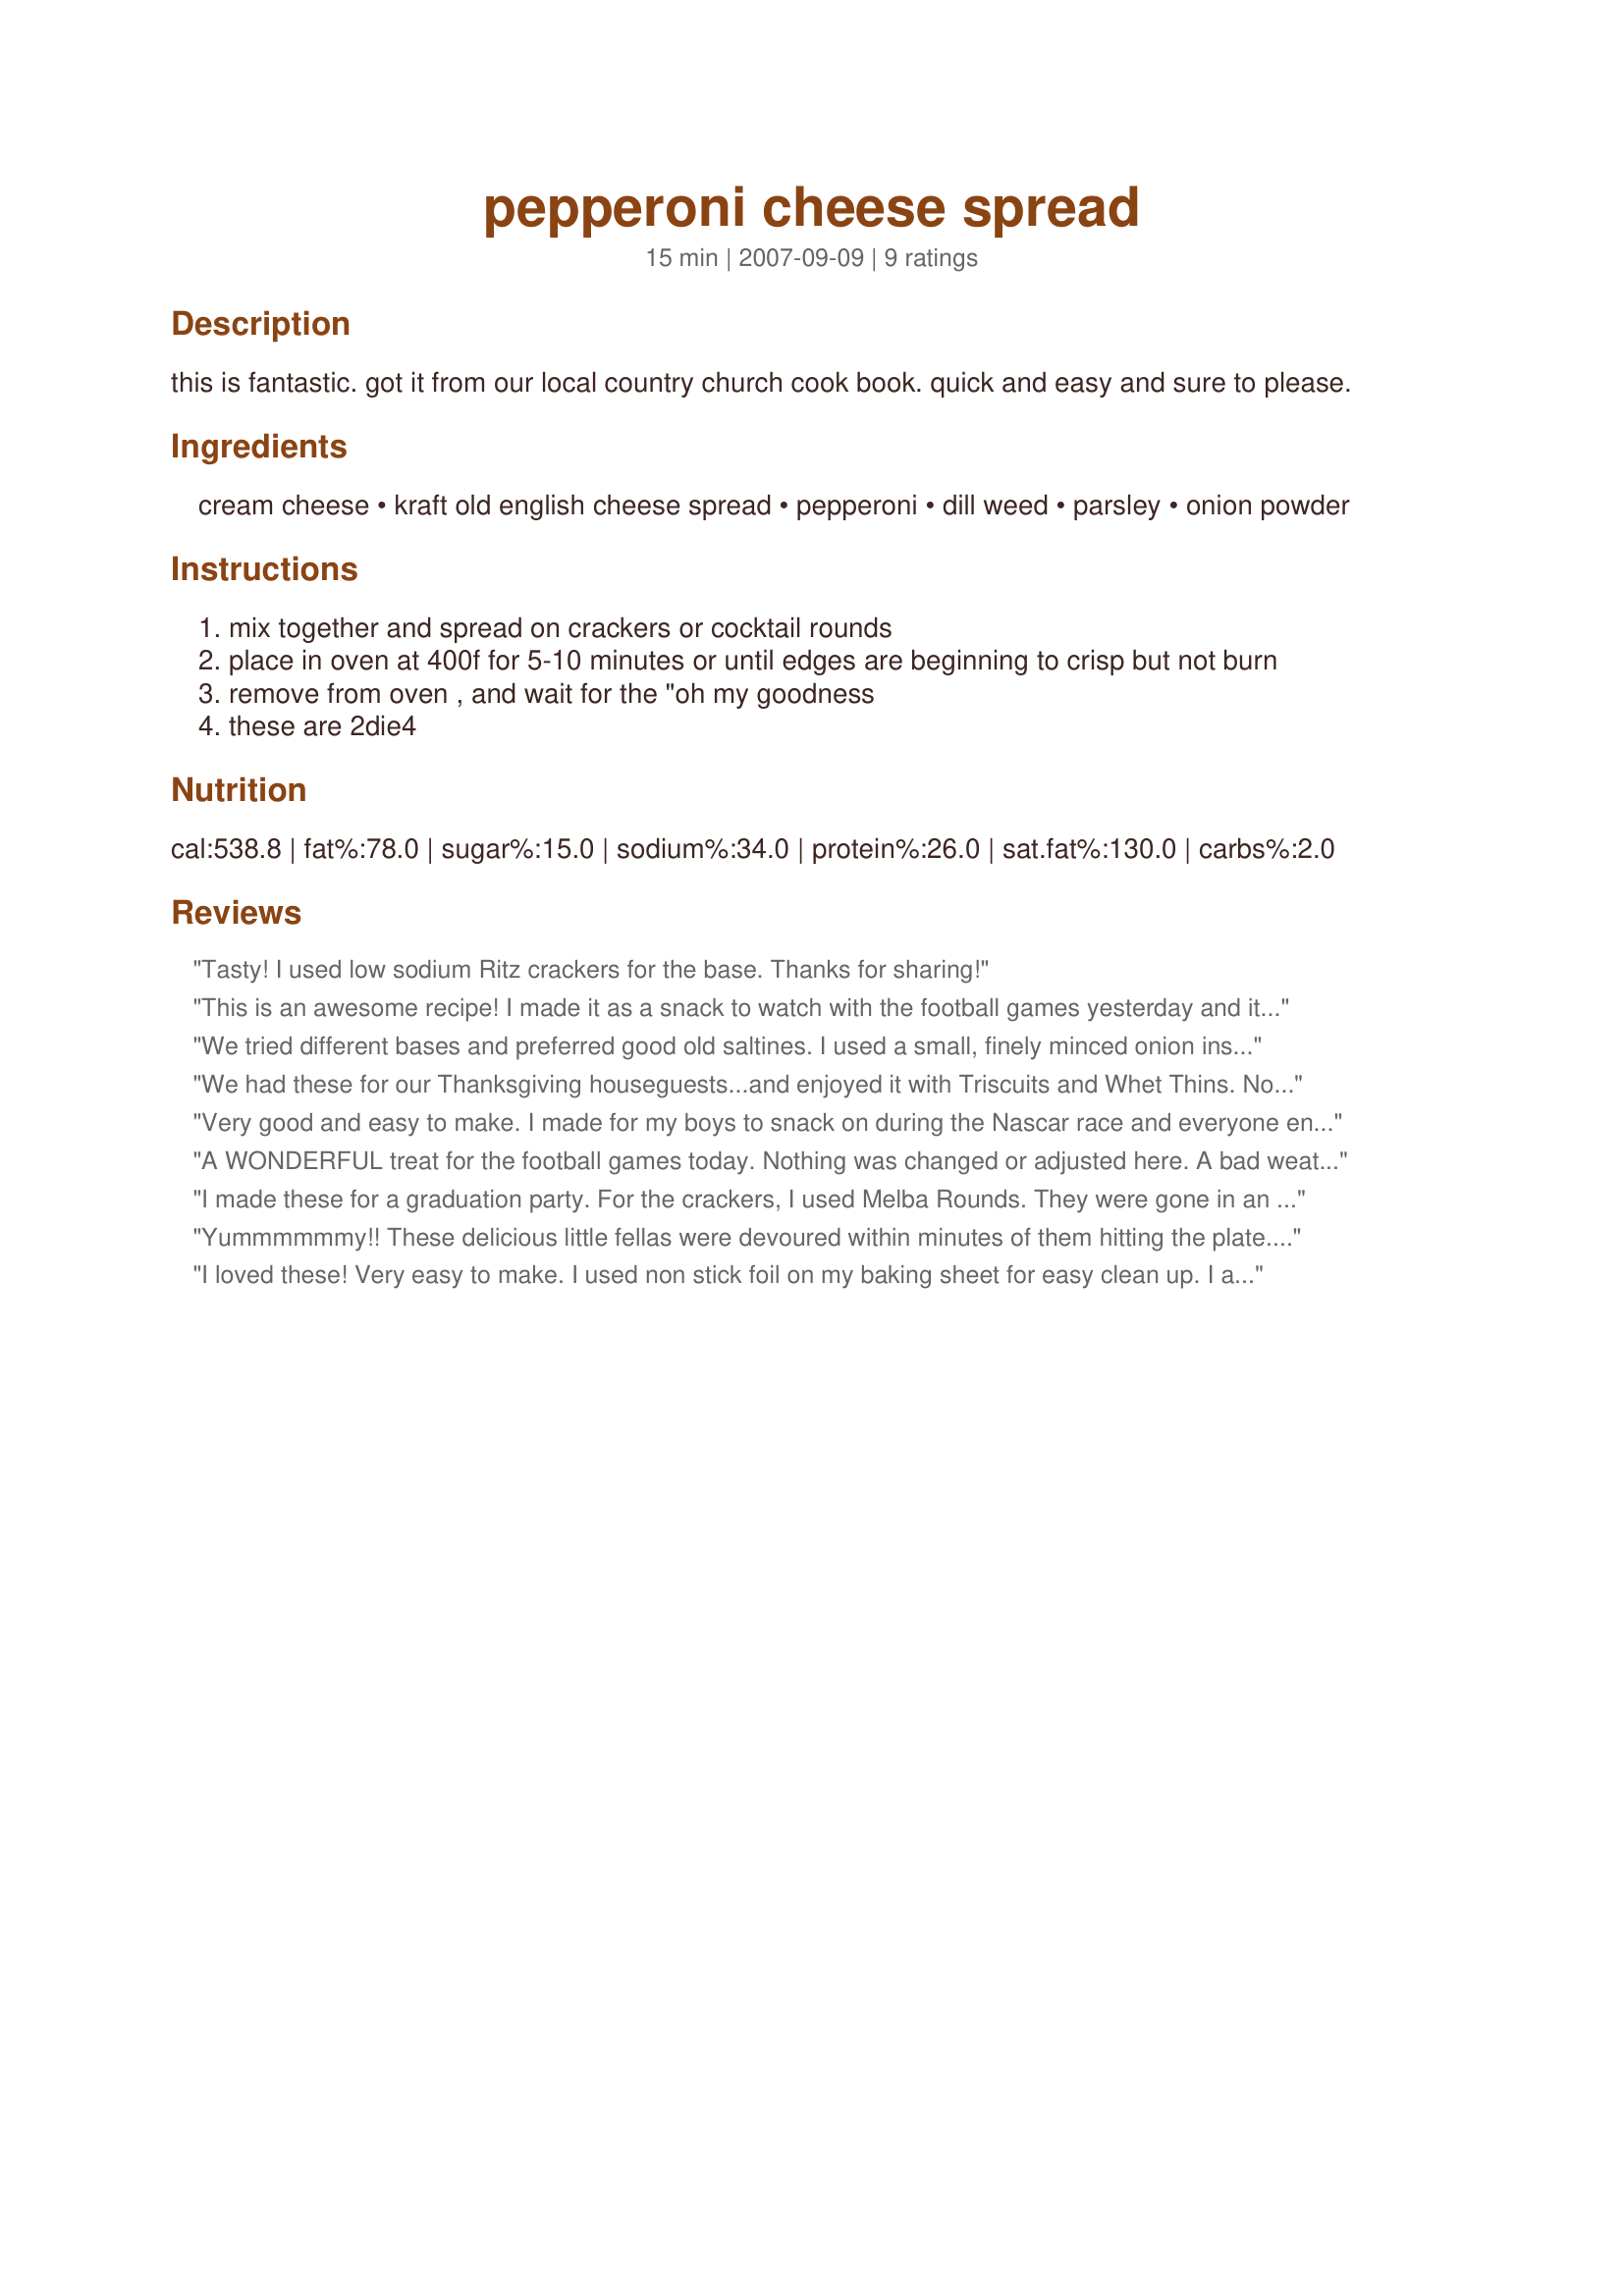
pepperoni cheese spread
Preparation time: 15 minutes

this is fantastic. got it from our local country church cook book. quick and easy and sure to please.

Ingredients:
cream cheese, kraft old english cheese spread, pepperoni, dill weed, parsley, onion powder

Steps:
mix together and spread on crackers or cocktail rounds
place in oven at 400f for 5-10 minutes or until edges are beginning to crisp but not burn
remove from oven , and wait for the "oh my goodness
these are 2die4

Reviews:
Tasty! I used low sodium Ritz crackers for the base. Thanks for sharing!
This is an awesome recipe! I made it as a snack to watch with the football games yesterday and it was gobbled up in no time. My family loved it. I served it with Ritz crackers. Thanks for sharing!
We tried different bases and preferred good old saltines. I used a small, finely minced onion instead of the powder. I put my pan in the oven first then turned on the heat to 350. When my timer rang I removed them from the oven and they were perfect. These are incredibly good and I'm sure to make them often. Thanks for sharing.

EDITED TO ADD: Did you know these freeze very well? Three weeks ago when I first made the recipe I had quite a bit leftover so I made tiny cheeseballs, froze them then placed in an airtight container. This afternoon when watching the game I took them out of the freezer, let them come to room temperature and finished according to the recipe. Perfect! So yeah, these can be made ahead and frozen. Nice to know!
We had these for our Thanksgiving houseguests...and enjoyed it with Triscuits and Whet Thins. Now reading it freezes so well, I will try that for another quick party trick! Thanks for a tasty recipe! **Made for Beverage Tag 2008**
Very good and easy to make. I made for my boys to snack on during the Nascar race and everyone enjoyed it. I made it exactly as written.
A WONDERFUL treat for the football games today. Nothing was changed or adjusted here. A bad weather day today, so it was well enjoyed during the football ganes today. A GREAT RECIPE !! Made for 1-2-3 hit wonders.
I made these for a graduation party. For the crackers, I used Melba Rounds. They were gone in an instant, even though I doubled the recipe. Thanks for a big hit with the grads!
Yummmmmmy!! <br/>These delicious little fellas were devoured within minutes of them hitting the plate...so addictive!<br/>A sure fire winner on any nibbles platter!!<br/>Made and reviewed as a THANK YOU for tagging in PRMR during the recent TIC-TAC-TOE event.
I loved these! Very easy to make. I used non stick foil on my baking sheet for easy clean up. I also used plain saltines and mine were done in 6 min. I thought that 1 tablespoon of onion powder sounded like a lot. It tasted ok but boy did I have bad onion breath afterwards. So next time I will probably cut done on the onion powder. Oh and I kind of cheated. I used the package of already diced peperoni. Can't wait to make these again. Thank you for sharing.
